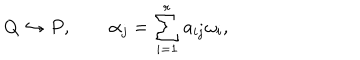
Q \hookrightarrow P , \qquad \alpha _ { j } = \sum _ { i = 1 } ^ { r } a _ { i j } \omega _ { i } ,